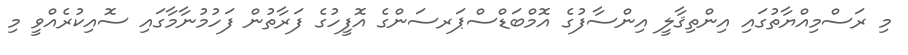
މި ރަސްމިއްޔާތުގައި އިންތިޤާލީ އިންސާފުގެ އޮމްބަޑްސްޕަރސަންގެ އޮފީހުގެ ފަރާތުން ފަހުމުނާމާގައި ސޮއިކުރެއްވީ މި